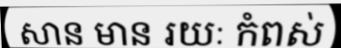
សាន មាន រយៈ កំពស់